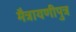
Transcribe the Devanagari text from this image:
मैत्रायणीपुत्र